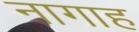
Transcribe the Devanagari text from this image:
नागाह